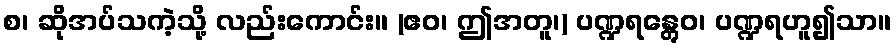
စ၊ ဆိုအပ်သကဲ့သို့ လည်းကောင်း။ (ဧဝ၊ ဤအတူ၊) ပဏ္ဍရန္တွေဝ၊ ပဏ္ဍရဟူ၍သာ။